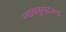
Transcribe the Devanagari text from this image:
न्यायकुमुदचन्द्र